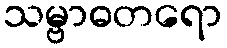
သမ္ဗာဓတရော